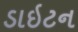
ડાઇટન